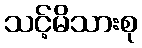
သင့်မိသားစု